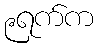
၉ရက်က